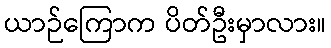
ယာဉ်ကြောက ပိတ်ဦးမှာလား။